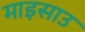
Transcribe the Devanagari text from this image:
माइसाउ